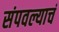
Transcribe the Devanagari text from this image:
संपवल्याचं